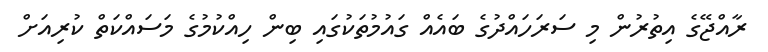
ރާއްޖޭގެ އިތުރުން މި ސަރަހައްދުގެ ބައެއް ގައުމުތަކުގައި ބިން ހިއްކުމުގެ މަސައްކަތް ކުރިއަށް